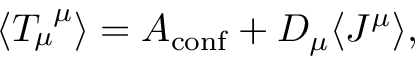
\langle T _ { \mu } ^ { ~ \mu } \rangle = { \cal A } _ { \mathrm { c o n f } } + D _ { \mu } \langle J ^ { \mu } \rangle ,